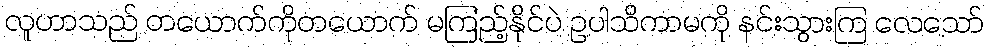
လူဟာသည် တယောက်ကိုတယောက် မကြည့်နိုင်ပဲ ဥပါသိကာမကို နင်းသွားကြ လေသော်